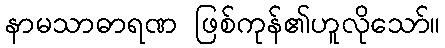
နာမသာဓာရဏ ဖြစ်ကုန်၏ဟူလိုသော်။